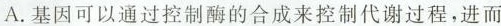
A.基因可以通过控制酶的合成来控制代谢过程，进而